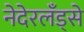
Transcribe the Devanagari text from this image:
नेदेरलँड्से